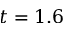
t = 1 . 6